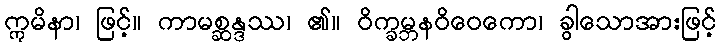
ဣမိနာ၊ ဖြင့်။ ကာမစ္ဆန္ဒဿ၊ ၏။ ဝိက္ခမ္ဘနဝိဝေကော၊ ခွါသောအားဖြင့်